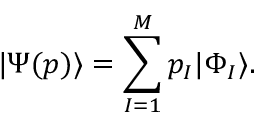
\ensuremath { \vert \Psi ( \b { p } ) \rangle } = \sum _ { I = 1 } ^ { M } p _ { I } \ensuremath { \vert \Phi _ { I } \rangle } .